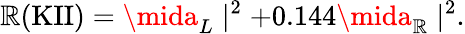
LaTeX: \mathbb{R}(\mathrm{{KII}})=\mida_{L}\mid^{2}+0.144\mida_{\mathbb{R}}\mid^{2}.